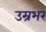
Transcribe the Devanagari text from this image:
उम्रभर